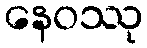
နေဝဿု